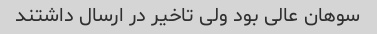
سوهان عالی بود ولی تاخیر در ارسال داشتند